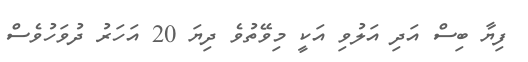
ފިޔާ ބިސް އަދި އަލުވި އަކީ މިވޭތުވެ ދިޔަ 20 އަހަރު ދުވަހުވެސް